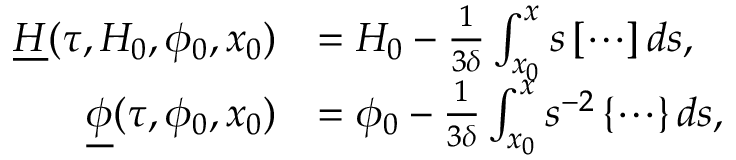
\begin{array} { r l } { \underline { H } ( \tau , H _ { 0 } , \phi _ { 0 } , x _ { 0 } ) } & { = H _ { 0 } - \frac { 1 } { 3 \delta } \int _ { x _ { 0 } } ^ { x } s \left[ \cdots \right] d s , } \\ { \underline { \phi } ( \tau , \phi _ { 0 } , x _ { 0 } ) } & { = \phi _ { 0 } - \frac { 1 } { 3 \delta } \int _ { x _ { 0 } } ^ { x } s ^ { - 2 } \left\{ \cdots \right\} d s , } \end{array}